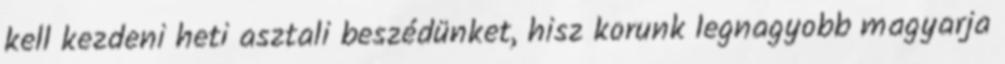
kell kezdeni heti asztali beszédünket, hisz korunk legnagyobb magyarja